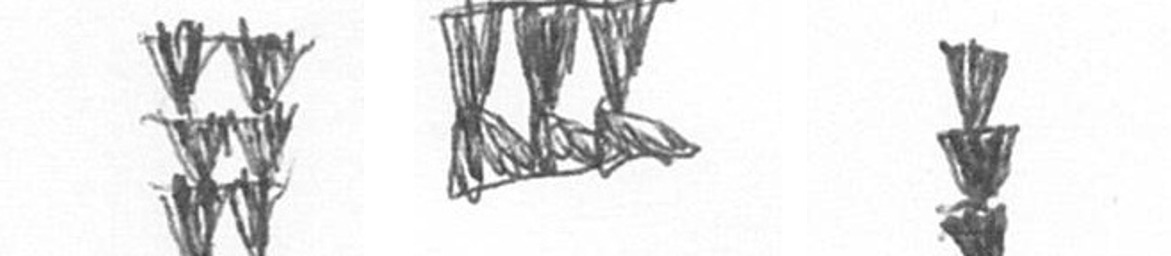
Y D E